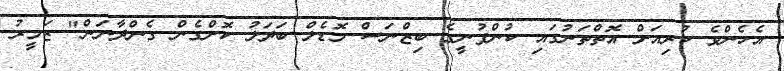
އެހެންވެ ކުރިއަށް އޮތްތަނުގައި ކުންފުނީގެ ބިޒްނަސް މޮޑެލް ބަދަލު ކޮށްގެން ގެންދާނަން" ޒަމީރު